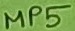
Text: MP5